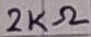
Text: 2KΩ